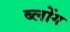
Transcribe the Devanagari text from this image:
ब्लोंग